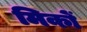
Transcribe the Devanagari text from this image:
मिकों